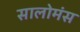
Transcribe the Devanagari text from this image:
सालोमंस